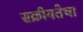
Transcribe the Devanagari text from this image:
सक्रीयतेचा